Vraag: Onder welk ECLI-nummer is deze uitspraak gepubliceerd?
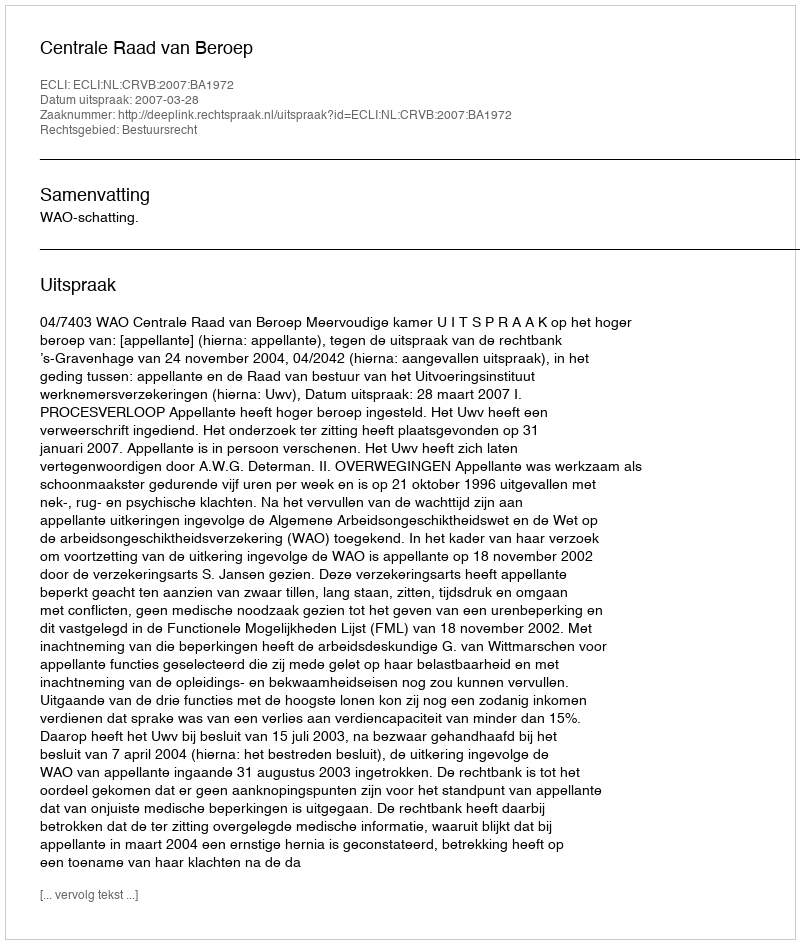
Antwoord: ECLI:NL:CRVB:2007:BA1972